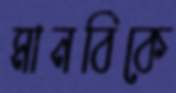
মানবিকে